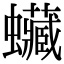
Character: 𧕨